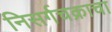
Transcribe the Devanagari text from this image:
निसर्गचक्राचा